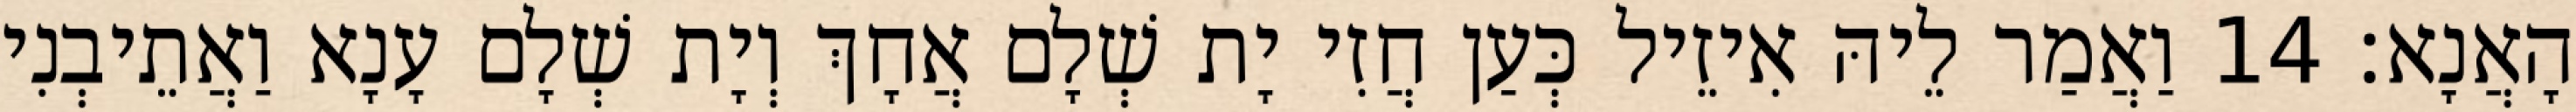
הָאֲנָא׃ 14 וַאֲמַר לֵיהּ אִיזֵיל כְּעַן חֲזִי יָת שְׁלָם אֲחָךְ וְיָת שְׁלָם עָנָא וַאֲתֵיבְנִי